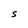
Character: S